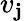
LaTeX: v_{\mathbf{j}}